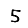
Digit: 5